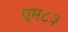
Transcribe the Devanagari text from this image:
एम८३